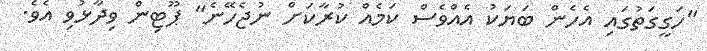
"ހަގީގަތުގައި އެހެން ބަޔަކު އެއްވެސް ކަމެއް ކުރާކަށް ނުޖެހޭނެ" ޕޫޓިން ވިދާޅުވި އެވެ.